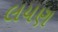
લયણ